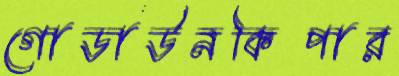
গোডাউনকিপার